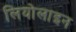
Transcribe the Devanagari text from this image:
लियोलाइन